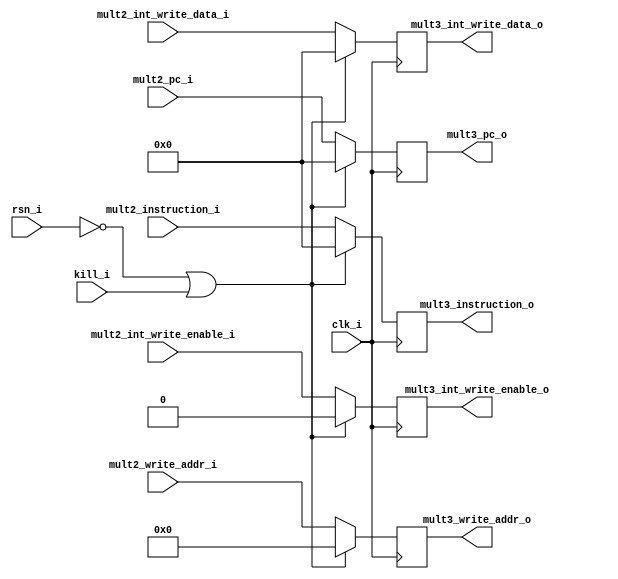
// Latch between mult2 and mult3

module mult2_mult3_latch(
input		clk_i,
input		rsn_i,
input		kill_i,
input	[31:0]	mult2_int_write_data_i,
input	[4:0]	mult2_write_addr_i,
input		mult2_int_write_enable_i,
input	[31:0]	mult2_instruction_i,
input	[31:0]	mult2_pc_i,
output	[31:0]	mult3_int_write_data_o,
output	[4:0]	mult3_write_addr_o,
output		mult3_int_write_enable_o,
output	[31:0]	mult3_instruction_o,
output 	[31:0]	mult3_pc_o);

reg	[31:0]	mult3_int_write_data;
reg	[4:0]	mult3_write_addr;
reg		mult3_int_write_enable;
reg	[31:0]	mult3_instruction;
reg 	[31:0]	mult3_pc;
	
assign mult3_int_write_data_o = mult3_int_write_data;
assign mult3_write_addr_o = mult3_write_addr;
assign mult3_int_write_enable_o = mult3_int_write_enable;
assign mult3_instruction_o = mult3_instruction;
assign mult3_pc_o = mult3_pc;
	
// Latch 
always @(posedge clk_i)
begin
	if (!rsn_i || kill_i) begin
		mult3_int_write_data = 32'b0;
		mult3_write_addr = 5'b0;
		mult3_int_write_enable = 1'b0;
		mult3_instruction = 32'b0;
		mult3_pc = 32'b0;
	end
	else begin
		mult3_int_write_data = mult2_int_write_data_i;
		mult3_write_addr = mult2_write_addr_i;
		mult3_int_write_enable = mult2_int_write_enable_i;
		mult3_instruction = mult2_instruction_i;
		mult3_pc = mult2_pc_i;
	end
end
endmodule